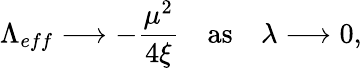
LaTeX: \Lambda_{eff}\longrightarrow-\frac{\mu^{2}}{4\xi}\quad\mathrm{as}\quad\lambda\longrightarrow 0,